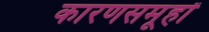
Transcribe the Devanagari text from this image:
कारणसमूहों